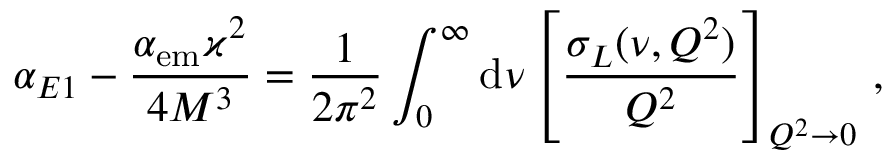
\alpha _ { E 1 } - \frac { \alpha _ { \mathrm { e m } } \varkappa ^ { 2 } } { 4 M ^ { 3 } } = \frac { 1 } { 2 \pi ^ { 2 } } \int _ { 0 } ^ { \infty } \mathrm { d } \nu \left[ \frac { \sigma _ { L } ( \nu , Q ^ { 2 } ) } { Q ^ { 2 } } \right] _ { Q ^ { 2 } \to 0 } \, ,